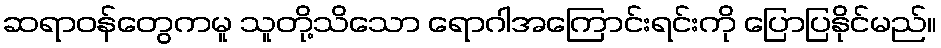
ဆရာဝန်တွေကမူ သူတို့သိသော ရောဂါအကြောင်းရင်းကို ပြောပြနိုင်မည်။